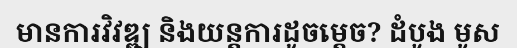
មានការវិវឌ្ឍ និងយន្តការដូចម្តេច? ដំបូង មូស